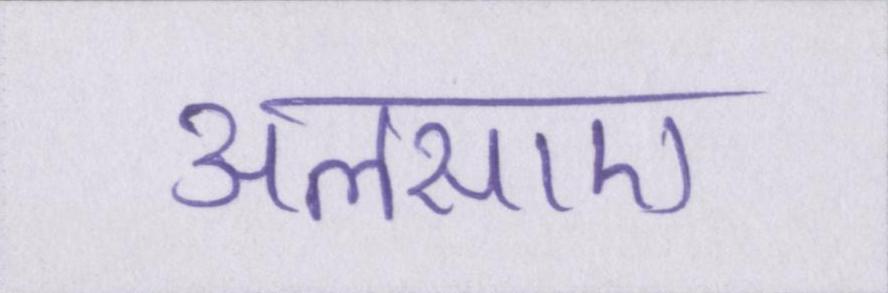
अलसाए